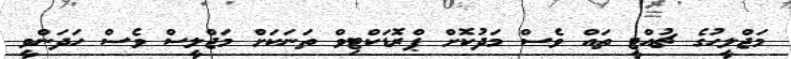
މަޖްލީހުގެ ޗުއްޓީ ތައް ވެސް މަދުކޮށް ޕްރޮޑަކްޓިވް ތަނަކަށް މަޖްލީސް ވެސް ހަދަންވީ